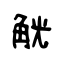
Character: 觥